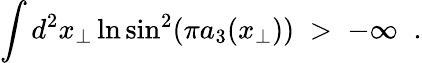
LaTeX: \int d^{2}x_{\perp}\ln\sin^{2}(\pi a_{3}(x_{\perp}))\; >\; -\infty\; \; .